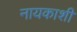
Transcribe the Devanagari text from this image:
नायकाशी